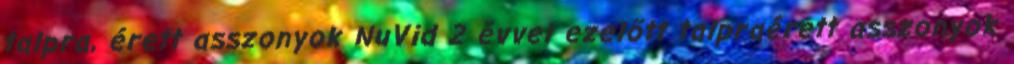
talpra, érett asszonyok NuVid 2 évvel ezelőtt talpraérett asszonyok